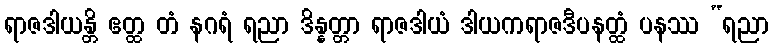
ရာဇဒါယန္တိ ဧတ္ထ တံ နဂရံ ရညာ ဒိန္နတ္တာ ရာဇဒါယံ ဒါယကရာဇဒီပနတ္ထံ ပနဿ “ရညာ